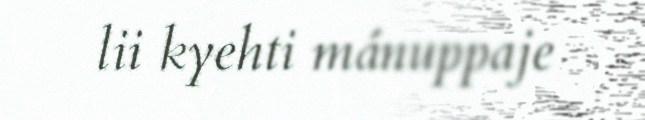
lii kyehti mánuppaje